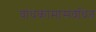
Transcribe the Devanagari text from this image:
बांधकामासंबंधित